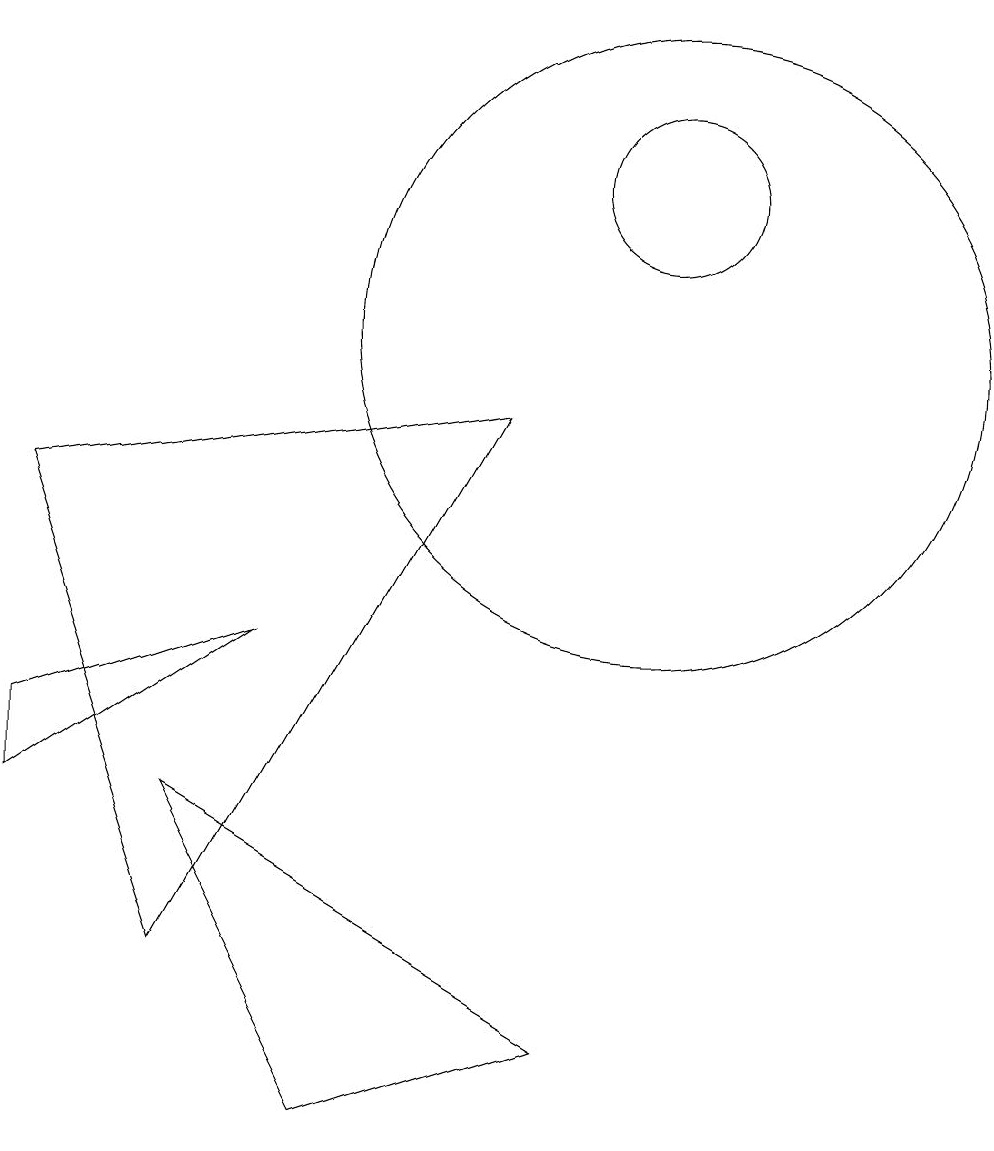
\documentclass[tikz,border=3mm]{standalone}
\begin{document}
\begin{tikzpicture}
\draw (10,10) circle (4);
\draw (4,2) -- (8,9) -- (2,8) -- cycle;
\draw (10,12) circle (1);
\draw (4,4) -- (9,1) -- (6,0) -- cycle;
\draw (5,6) -- (2,4) -- (2,5) -- cycle;
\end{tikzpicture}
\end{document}